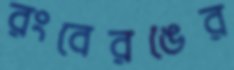
রংবেরঙের